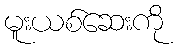
မူးယစ်ဆေးကို